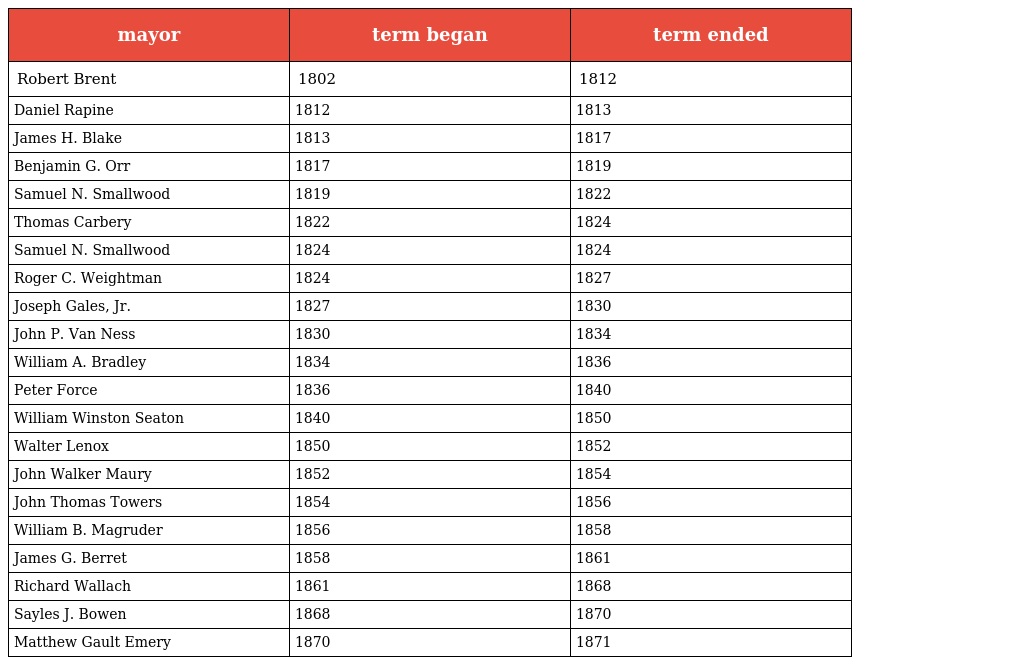
| mayor | term began | term ended |
 | --- | --- | --- |
 | Robert Brent | 1802 | 1812 |
 | Daniel Rapine | 1812 | 1813 |
 | James H. Blake | 1813 | 1817 |
 | Benjamin G. Orr | 1817 | 1819 |
 | Samuel N. Smallwood | 1819 | 1822 |
 | Thomas Carbery | 1822 | 1824 |
 | Samuel N. Smallwood | 1824 | 1824 |
 | Roger C. Weightman | 1824 | 1827 |
 | Joseph Gales, Jr. | 1827 | 1830 |
 | John P. Van Ness | 1830 | 1834 |
 | William A. Bradley | 1834 | 1836 |
 | Peter Force | 1836 | 1840 |
 | William Winston Seaton | 1840 | 1850 |
 | Walter Lenox | 1850 | 1852 |
 | John Walker Maury | 1852 | 1854 |
 | John Thomas Towers | 1854 | 1856 |
 | William B. Magruder | 1856 | 1858 |
 | James G. Berret | 1858 | 1861 |
 | Richard Wallach | 1861 | 1868 |
 | Sayles J. Bowen | 1868 | 1870 |
 | Matthew Gault Emery | 1870 | 1871 |